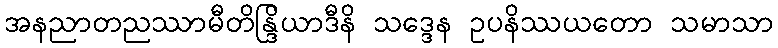
အနညာတညဿာမီတိန္ဒြိယာဒီနိ သဒ္ဒေန ဥပနိဿယတော သမာသာ